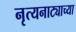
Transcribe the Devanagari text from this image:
नृत्यनाट्याच्या